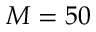
M = 5 0